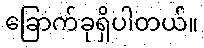
ခြောက်ခုရှိပါတယ်။